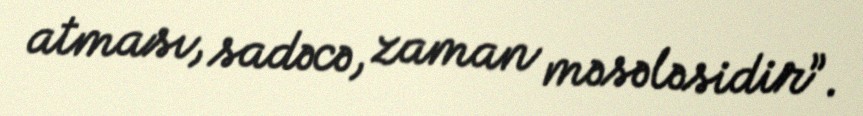
atması, sadəcə, zaman məsələsidir”.